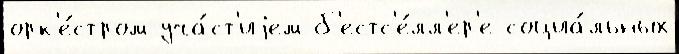
орк'е́стром уча́ст'иjем б'естс'е́лл'ер'е социа́льных